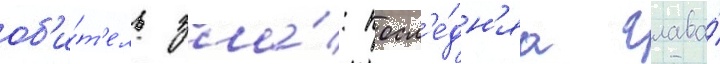
об'и́т'ель зла́: посл'е́дн'яа глава́